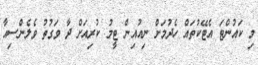
މި ކައުންޓަ އެޓޭކުތައް ހެދުމަށް ނިއުއިން ޓީމު ކުރިއަށް ދާ ވަގުތު ވެލެންސިއާ